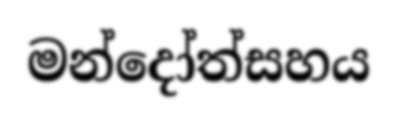
මන්දෝත්සහය